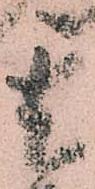
其